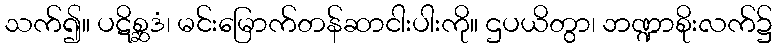
သက်၍။ ပဋိစ္ဆဒံ၊ မင်းမြောက်တန်ဆာငါးပါးကို။ ဌပယိတွာ၊ ဘဏ္ဍာစိုးလက်၌